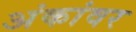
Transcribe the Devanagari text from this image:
अंकांवर